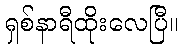
ရှစ်နာရီထိုးလေပြီ။